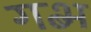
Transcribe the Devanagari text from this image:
गब्भ